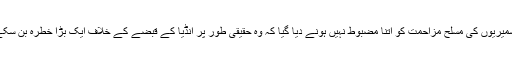
کشمیریوں کی مسلح مزاحمت کو اتنا مضبوط نہیں ہونے دیا گیا کہ وہ حقیقی طور پر انڈیا کے قبضے کے خلاف ایک بڑا خطرہ بن سکے۔